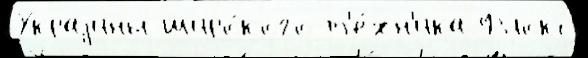
Украjины широ́кого т'е́хн'ика Флокс